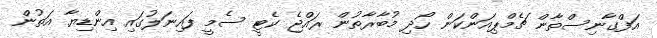
އަފްގާނިސްތާން ޗެމްޕިއަންކަން ހޯދި މުބާރާތުން ރައްޖެ ކެޓީ ސެމީ ފައިނަލުގައި އިންޑިޔާ އަތުން